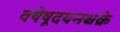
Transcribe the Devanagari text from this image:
वषेषूदयनश्चक्रे